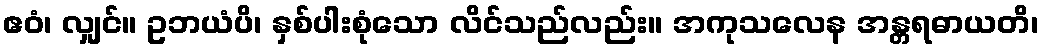
ဧဝံ၊ လျှင်။ ဥဘယံပိ၊ နှစ်ပါးစုံသော လိင်သည်လည်း။ အကုသလေန အန္တရဓာယတိ၊